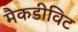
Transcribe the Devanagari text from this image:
मैकडीविट